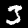
Digit: 3